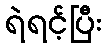
ရဲရင့်ပြီး